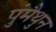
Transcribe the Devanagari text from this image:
पुंमैथुन